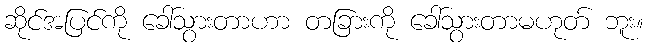
ဆိုင်အပြင်ကို ခေါ်သွားတာဟာ တခြားကို ခေါ်သွားတာမဟုတ် ဘူး။